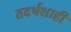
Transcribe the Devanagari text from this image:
तदर्थशाही